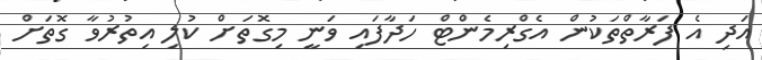
އަދި އެ ފަރާތްތަކުން އެގްރިމެންޓް ހަދާފައި ވަނީ މިގޮތަށް ކުލި އިތުރުވާ ގޮތަށް